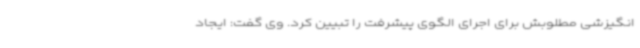
انگیزشی مطلوبش برای اجرای الگوی پیشرفت را تبیین کرد. وی گفت: ایجاد